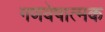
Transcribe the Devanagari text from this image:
गणवेषात्मक